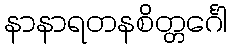
နာနာရတနစိတ္တင်္ဂေါ